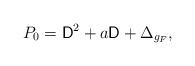
LaTeX: \begin{align*}P_0=\mathsf D^2+a\mathsf D+\Delta_{g_F}, \end{align*}